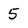
Character: 5